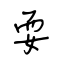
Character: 耍